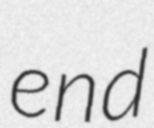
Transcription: end